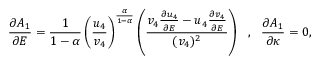
\frac { \partial A _ { 1 } } { \partial E } = \frac { 1 } { 1 - \alpha } \left( \frac { u _ { 4 } } { v _ { 4 } } \right) ^ { \frac { \alpha } { 1 - \alpha } } \left( \frac { v _ { 4 } \frac { \partial u _ { 4 } } { \partial E } - u _ { 4 } \frac { \partial v _ { 4 } } { \partial E } } { ( v _ { 4 } ) ^ { 2 } } \right) ~ ~ , ~ ~ \frac { \partial A _ { 1 } } { \partial \kappa } = 0 ,